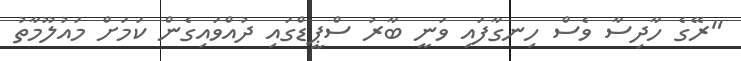
"ރޭގެ ހާދިސާ ވެސް ހިނގާފައި ވަނީ ބާރު ސްޕީޑްގައި ދުއްވައިގެން ކަމަށް މައުލޫމާތު